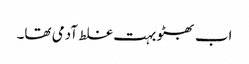
اب بھٹو بہت غلط آدمی تھا۔